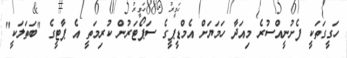
ހަގީގަތަކީ ފެށުނީއްސުރެ މިއަދާ ހަމަޔަށް އެމްޑީޕީގެ ސަޕޯޓަރުން ކުރިމަތީ އެ ޕާޓީގެ "ބަތަލަކީ"